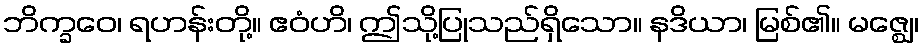
ဘိက္ခဝေ၊ ရဟန်းတို့။ ဧဝံဟိ၊ ဤသို့ပြုသည်ရှိသော။ နဒိယာ၊ မြစ်၏။ မဇ္ဈေ၊